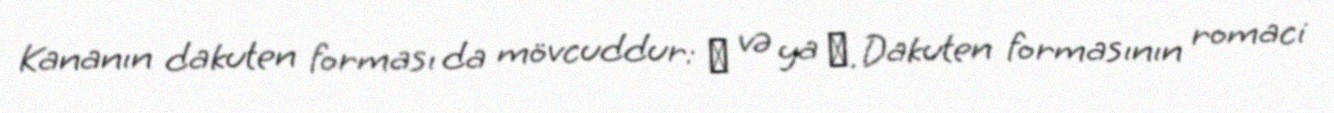
Kananın dakuten forması da mövcuddur: が və ya ガ. Dakuten formasının romaci